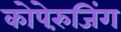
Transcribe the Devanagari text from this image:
कोपेरुंजिंग